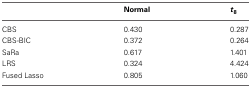
|  | Normal | t8 |
 | --- | --- | --- |
 | CBS | 0.430 | 0.287 |
 | CBS-BIC | 0.372 | 0.264 |
 | SaRa | 0.617 | 1.401 |
 | LRS | 0.324 | 4.424 |
 | Fused Lasso | 0.805 | 1.060 |